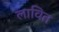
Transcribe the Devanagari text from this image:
लावित